Annual report on the working of the Harcourt Butler Institute of Public Health, Rangoon
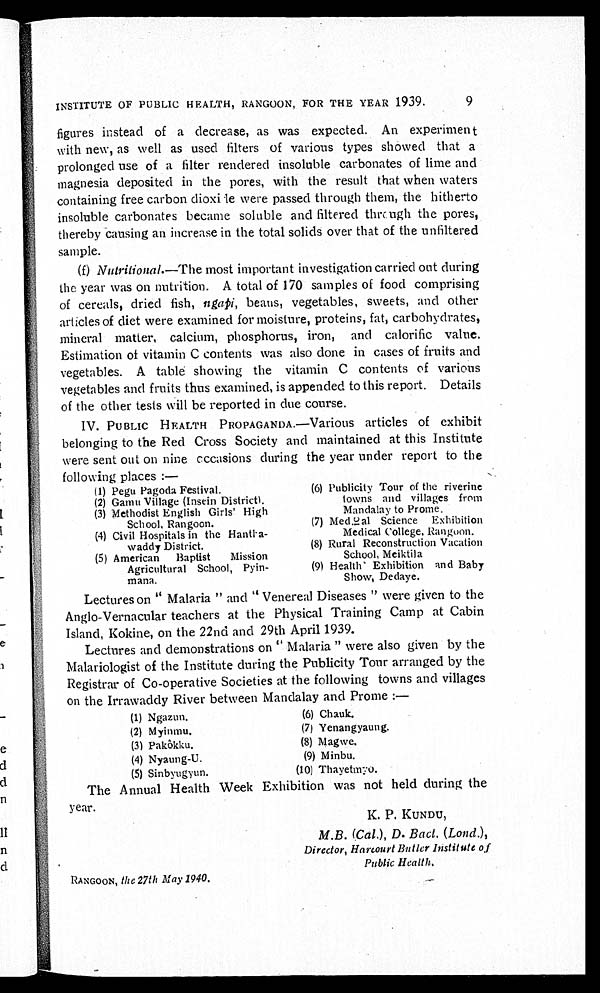
INSTITUTE OF PUBLIC HEALTH, RANGOON, FOR THE YEAR 1939. 9
figures instead of a decrease, as was expected. An experiment
with new, as well as used filters of various types showed that a
prolonged use of a filter rendered insoluble carbonates of lime and
magnesia deposited in the pores, with the result that when waters
containing free carbon dioxide were passed through them, the hitherto
insoluble carbonates became soluble and filtered through the pores,
thereby causing an increase in the total solids over that of the unfiltered
sample.
(f) Nutritional.—The most important investigation carried out during
the year was on nutrition. A total of 170 samples of food comprising
of cereals, dried fish, ngapi, beans, vegetables, sweets, and other
articles of diet were examined for moisture, proteins, fat, carbohydrates,
mineral matter, calcium, phosphorus, iron, and calorific value.
Estimation of vitamin C contents was also done in cases of fruits and
vegetables. A table showing the vitamin C contents of various
vegetables and fruits thus examined, is appended to this report. Details
of the other tests will be reported in due course.
IV. PUBLIC HEALTH PROPAGANDA.—Various articles of exhibit
belonging to the Red Cross Society and maintained at this Institute
were sent out on nine occasions during the year under report to the
following places:—
(1) Pegu Pagoda Festival.
(2) Gamu Village (Insein District).
(3) Methodist English Girls' High
School, Rangoon.
(4) Civil Hospitals in the Hant
ha- waddy District.
(5) American Baptist
Mission
Agricultural School, Pyin-
mana.
(6) Publicity Tour of the riverine
towns and villages from
Mandalay to Prome.
(7) Medical Science Exhibition
Medical college, Rangoon.
(8) Rural Reconstruction Vacation
School, Meiktila
(9) Health Exhibition and Baby
Show, Dedaye.
Lectures on "Malaria" and "Venereal Diseases" were given to the
Anglo-Vernacular teachers at the Physical Training Camp at Cabin
Island, Kokine, on the 22nd and 29th April 1939.
Lectures and demonstrations on "Malaria" were also given by the
Malariologist of the Institute during the Publicity Tour arranged by the
Registrar of Co-operative Societies at the following towns and villages
on the Irrawaddy River between Mandalay and Prome:—
(1) Ngazun.
(2) Myinmu.
(3) Pakôkku.
(4) Nyaung-U.
(5) Sinbyugyun.
(6) Chauk.
(7) Yenangyaung.
(8) Magwe.
(9) Minbu.
(10) Thayetmyo.
The Annual Health Week Exhibition was not held during the
year.
K. P. KUNDU,
M.B. (Cal.), D. Bact. (Lond.),
Director, Harcourt Butler Institute of
Public Health.
RANGOON, the 27th May 1940.